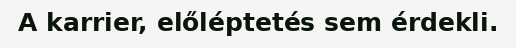
A karrier, előléptetés sem érdekli.